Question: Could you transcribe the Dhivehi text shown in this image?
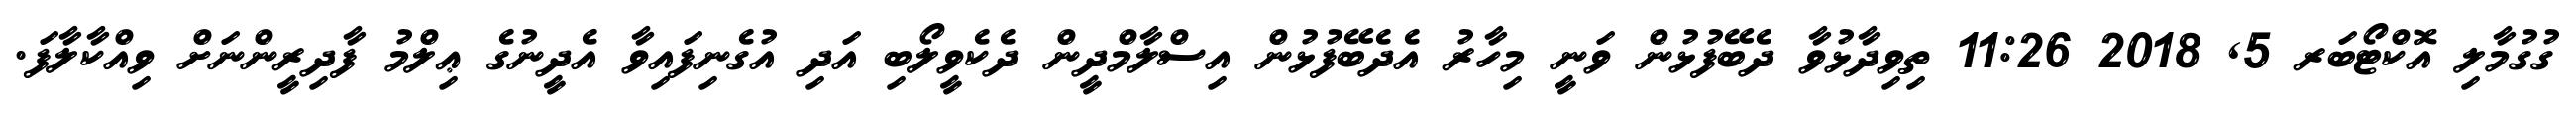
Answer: ގުގުމާލި އޮކްޓޯބަރ 5, 2018 11:26 ތިވިދާޅުވާ ދެބޭފުޅުން ވަނީ މިހާރު އެދެބޭފުޅުން އިސްލާމްދީން ދެކެވީލޯބި އަދި އުގެނިފައިވާ އެދީނުގެ ޢިލްމު ފާދިރީންނަށް ވިއްކާލާފަ.